Punjab Mental Hospital Lahore 1932-46 - 1932-1946
Year: 1932
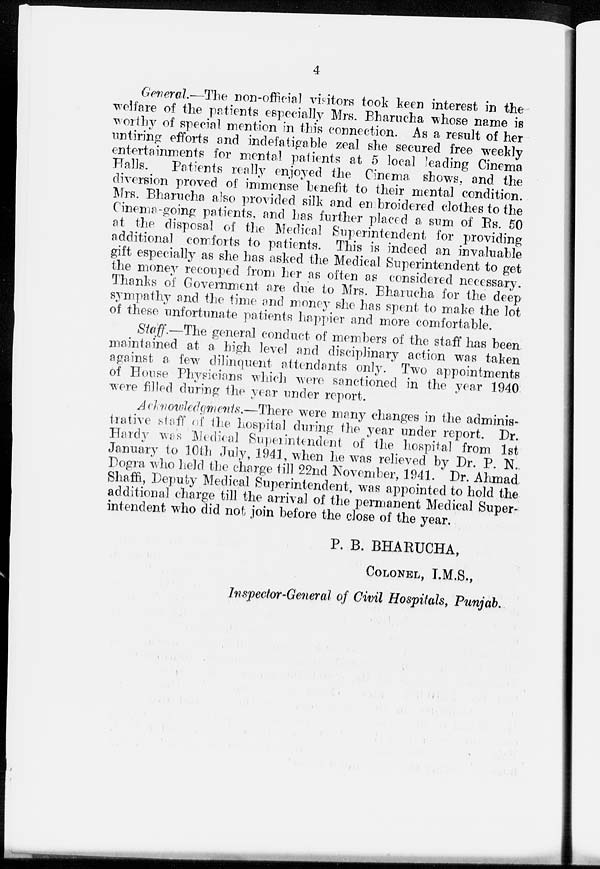
4
General.—The non-official visitors took keen interest in the
welfare of the patients especially Mrs. Bharucha whose name is
worthy of special mention in this connection. As a result of her
untiring efforts and indefatigable zeal she secured free weekly
entertainments for mental patients at 5 local leading Cinema
Halls.
Patients really enjoyed the Cinema shows, and the
diversion proved of immense benefit to their mental condition.
Mrs. Bharucha also provided silk and en broidered clothes to the
Cinema-going patients, and has further placed a sum of Rs. 50
at the disposal of the Medical Superintendent for providing
additional comforts to patients. This is indeed an invaluable
gift especially as she has asked the Medical Superintendent to get
the money recouped from her as often as considered necessary.
Thanks of Government are due to Mrs. Bharucha for the deep
sympathy and the time and money she has spent to make the lot
of these unfortunate patients happier and more comfortable.
Staff.—The general conduct of members of the staff has been
maintained at a high level and disciplinary action was taken
against a few dilinquent attendants only. Two appointments
of House Physicians which were sanctioned in the year 1940
were filled during the year under report.
Acknowledgments.—There were many changes in the adminis-
trative staff of the hospital during the year under report. Dr.
Hardy was Medical Superintendent of the hospital from 1st
January to 10th July, 1941, when he was relieved by Dr. P. N..
Dogra who held the charge till 22nd November, 1941. Dr. Ahmad
Shaffi, Deputy Medical Superintendent, was appointed to hold the
additional charge till the arrival of the permanent Medical Super-
intendent who did not join before the close of the year.
P. B. BHARUCHA,
COLONEL, I.M.S.,
Inspector-General of Civil Hospitals, Punjab.